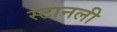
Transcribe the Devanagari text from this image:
स्टानली